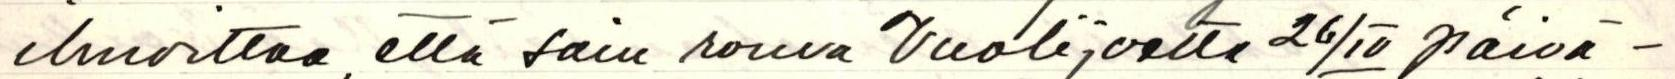
ilmoittaa, että sain rouva Vuolijoelta 26/IV päivä-